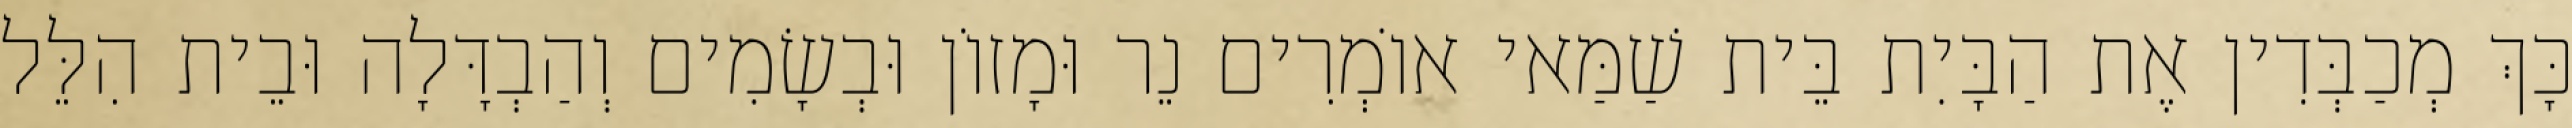
כָּךְ מְכַבְּדִין אֶת הַבָּיִת בֵּית שַׁמַּאי אוֹמְרִים נֵר וּמָזוֹן וּבְשָׂמִים וְהַבְדָּלָה וּבֵית הִלֵּל